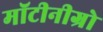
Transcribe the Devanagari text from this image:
मॉटीनीग्रो